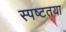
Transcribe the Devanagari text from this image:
स्‍पष्‍टतया